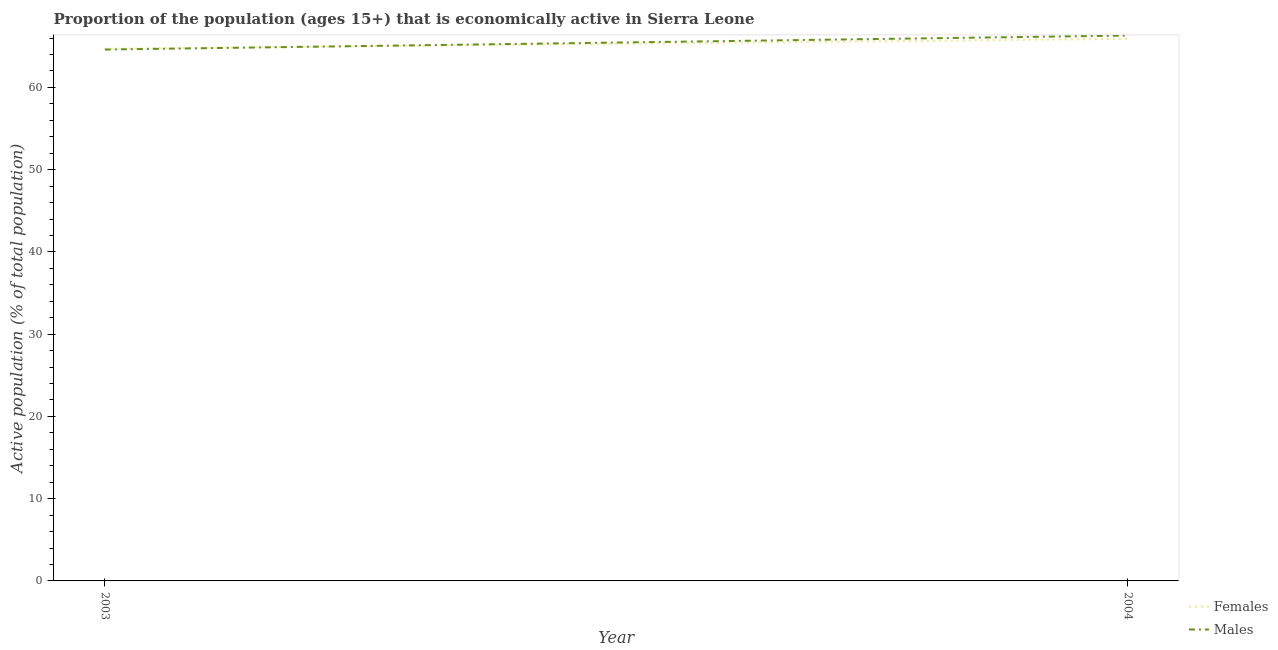
| Year | Females | Males |
 | --- | --- | --- |
 | 2003 | 64.7 | 64.6 |
 | 2004 | 65.9 | 66.3 |